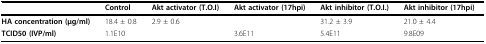
<table><thead><tr><td>[EMPTY_CELL]</td><td><b>Control</b></td><td><b>Akt activator (T.O.I)</b></td><td><b>Akt activator (17hpi)</b></td><td><b>Akt inhibitor (T.O.I.)</b></td><td><b>Akt inhibitor (17hpi)</b></td></tr></thead><tbody><tr><td><b>HA concentration (μg/ml)</b></td><td>18.4 ± 0.8</td><td>2.9 ± 0.6</td><td>[EMPTY_CELL]</td><td>31.2 ± 3.9</td><td>21.0 ± 4.4</td></tr><tr><td><b>TCID50 (IVP/ml)</b></td><td>1.1E10</td><td>[EMPTY_CELL]</td><td>3.6E11</td><td>5.4E11</td><td>9.8E09</td></tr></tbody></table>